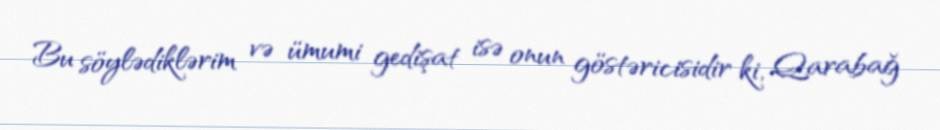
Bu söylədiklərim və ümumi gedişat isə onun göstəricisidir ki, Qarabağ